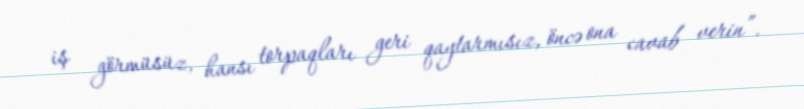
iş görmüsüz, hansı torpaqları geri qaytarmısız, öncə ona cavab verin”.